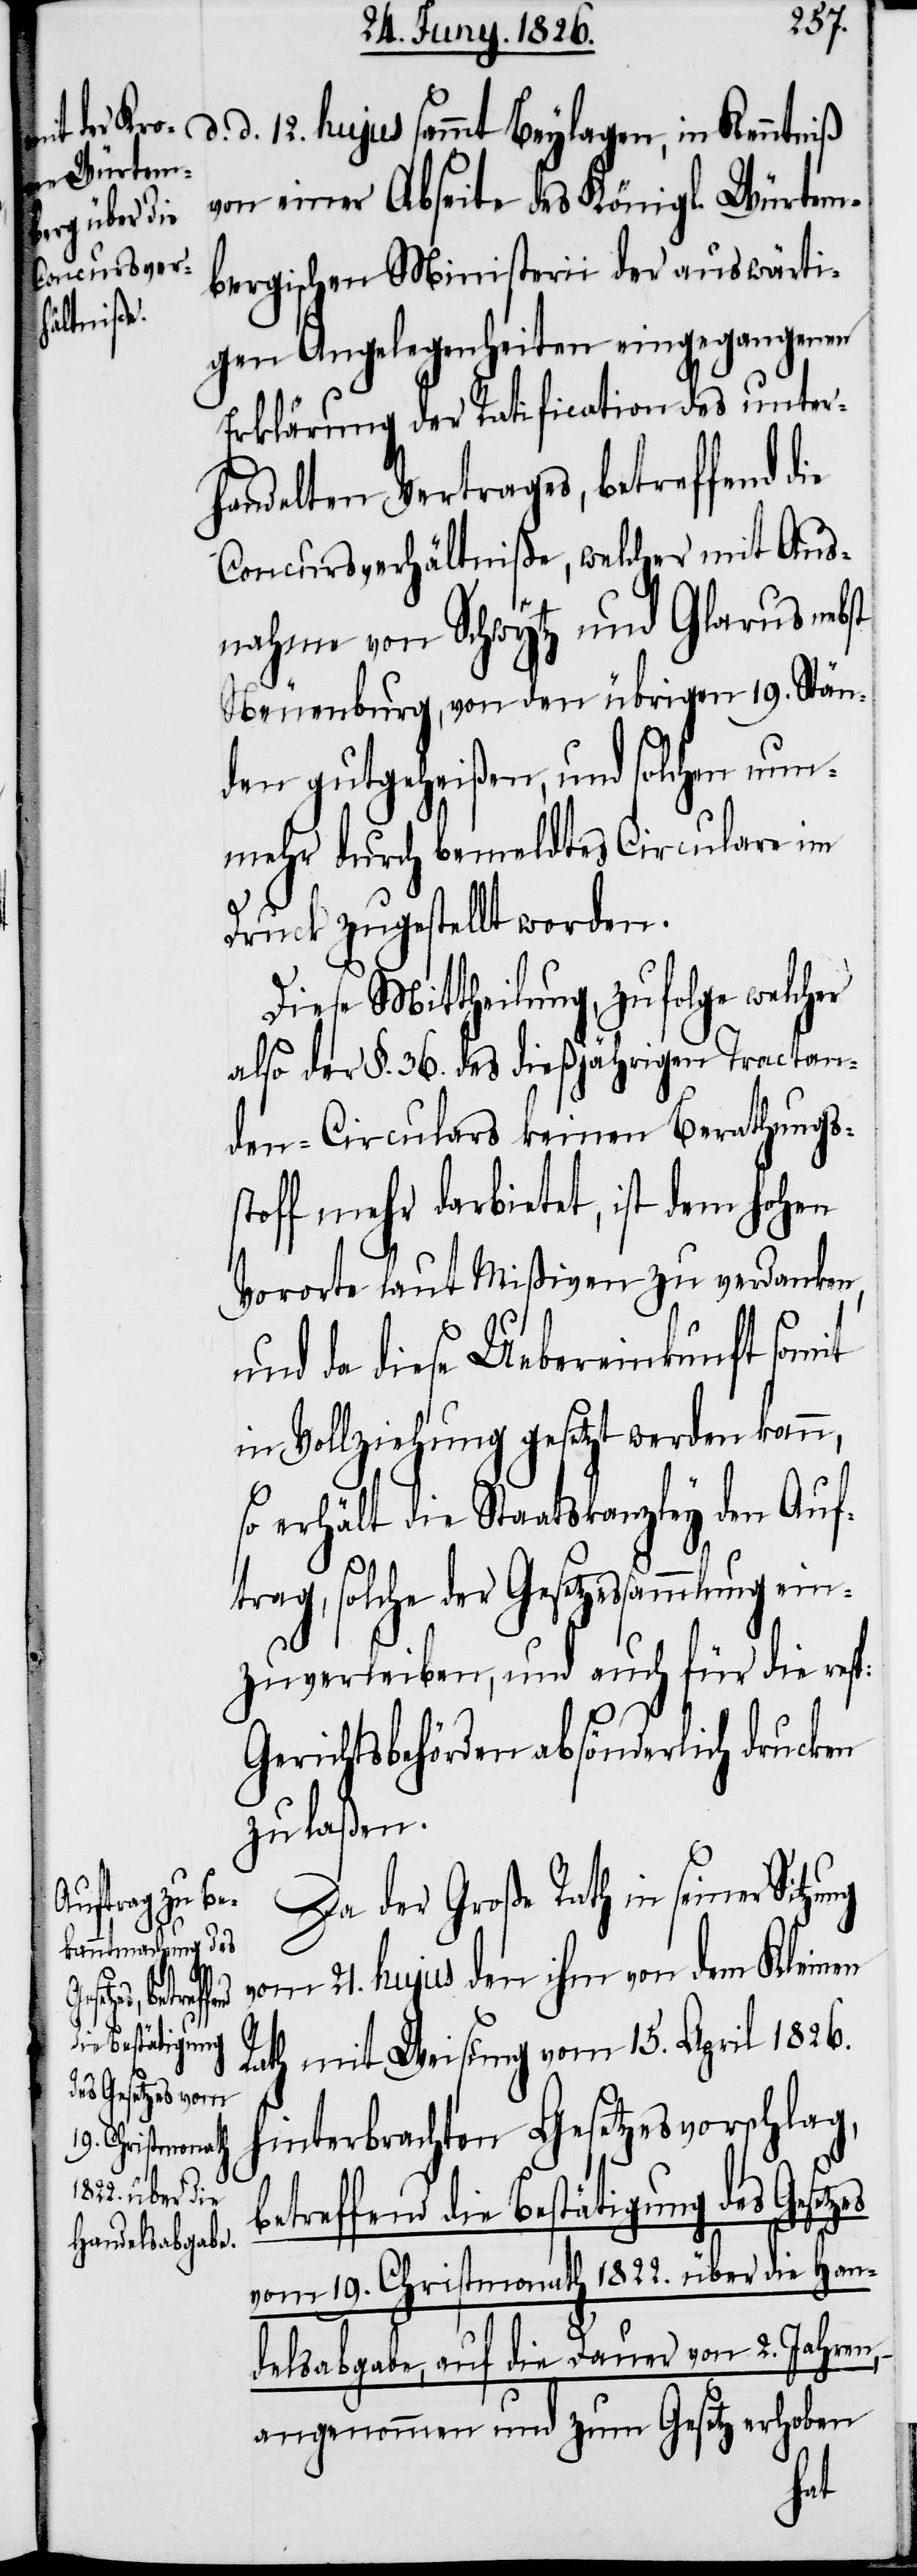
ng
setzes

d. d. 12. hujus sammt Beylagen, in Kenntniß
von einer Abseite des Königl. Würtem¬
bergischen Ministerii der auswärti¬
gen Angelegenheiten eingegangenen
Erklärung der Ratification des unter¬
handelten Vertrages, betreffend die
Concursverhältniße, welcher mit Aus¬
nahme von Schwytz und Glarus nebst
Neuenburg, von den übrigen 19. Stän¬
den gutgeheißen, und solchen nun¬
mehr durch bemeldtes Circulare im
Druck zugestellt worden.
Diese Mittheilung, zufolge welcher
also der §. 36. des dießjährigen Tractan¬
den-Circulars keinen Berathungs¬
stoff mehr darbietet, ist dem hohen
Vorort laut Mißiven zu verdanken
und da diese Uebereinkunft somit
in Vollziehung gesetzt werden kann,
so erhält die Staatskanzley den Auf¬
trag, solche der Gesetzessammlung ein¬
zuverleiben, und auch für die resp:
Gerichtsbehörden absönderlich drucken
zu laßen.
Da der Große Rath in seiner Sitzu¬
vom 21. hujus den ihm von dem Kleinen
Rath mit Weisung vom 15. April 1826.
hinterbrachten Gesetzesvorschlag,
betreffend die Bestätigung des Ge¬
vom 19. Christmonath 1822. über die Han¬
delsabgabe, auf die Dauer von 2. Jahren,
angenommen und zum Gesetz erhoben